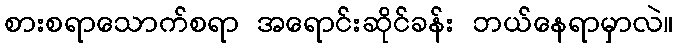
စားစရာသောက်စရာ အရောင်းဆိုင်ခန်း ဘယ်နေရာမှာလဲ။